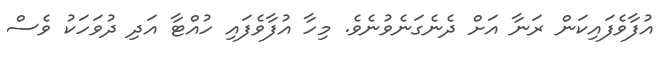
އުފާވެފައިކަން ރަނާ އަށް ދެނެގަނެވުނެވެ. މިހާ އުފާވެފައި ހުއްޓާ އަދި ދުވަހަކު ވެސް